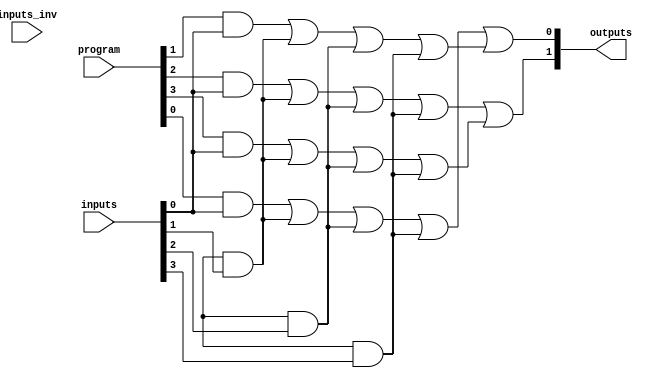
module PAL (
    input wire [N-1:0] inputs,      // N input lines
    input wire [N-1:0] inputs_inv,  // Inverted inputs for AND gates
    input wire [M-1:0] program,      // Programming input for AND gates
    output wire [P-1:0] outputs      // P output lines
);
    parameter N = 4; // Number of inputs
    parameter M = 4; // Number of AND gates
    parameter P = 2; // Number of outputs

    // Internal wires for product terms
    wire [M-1:0] product_terms;

    // Programmable AND gates
    genvar i;
    generate
        for (i = 0; i < M; i = i + 1) begin : and_gates
            assign product_terms[i] = (program[i] & inputs[0]) | 
                                       (program[i + M] & inputs[1]) | 
                                       (program[i + 2*M] & inputs[2]) | 
                                       (program[i + 3*M] & inputs[3]);
        end
    endgenerate

    // Fixed OR array (example: 2 outputs)
    assign outputs[0] = product_terms[0] | product_terms[1]; // OR gate 1
    assign outputs[1] = product_terms[2] | product_terms[3]; // OR gate 2

endmodule